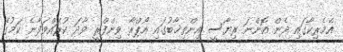
އެމެރިކާގައި ދެން އޮންނަ ރިޔާސީ އިންތިޚާބުގައި އޯޕްރާ ވިންފްރީ ވާދަ ކުރައްވަފާނެ ކަމުގެ